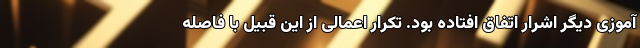
آموزی دیگر اشرار اتفاق افتاده بود. تکرار اعمالی از این قبیل با فاصله